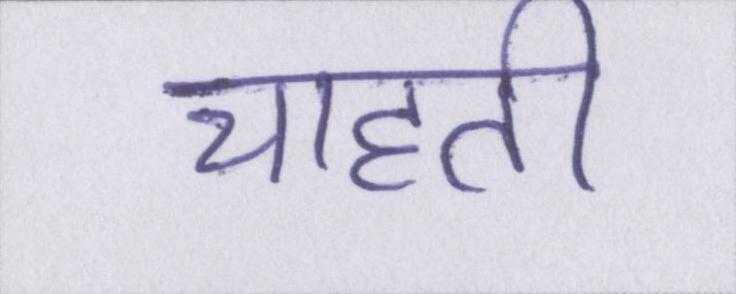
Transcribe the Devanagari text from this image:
चाहती